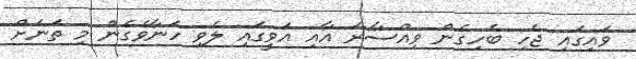
ވައިގައި ޖެހި ބެހިގެން ވިއްސާރަ އާއި އަވީގައި ލެވި ހަނާވެގެން މި ތަނަށް